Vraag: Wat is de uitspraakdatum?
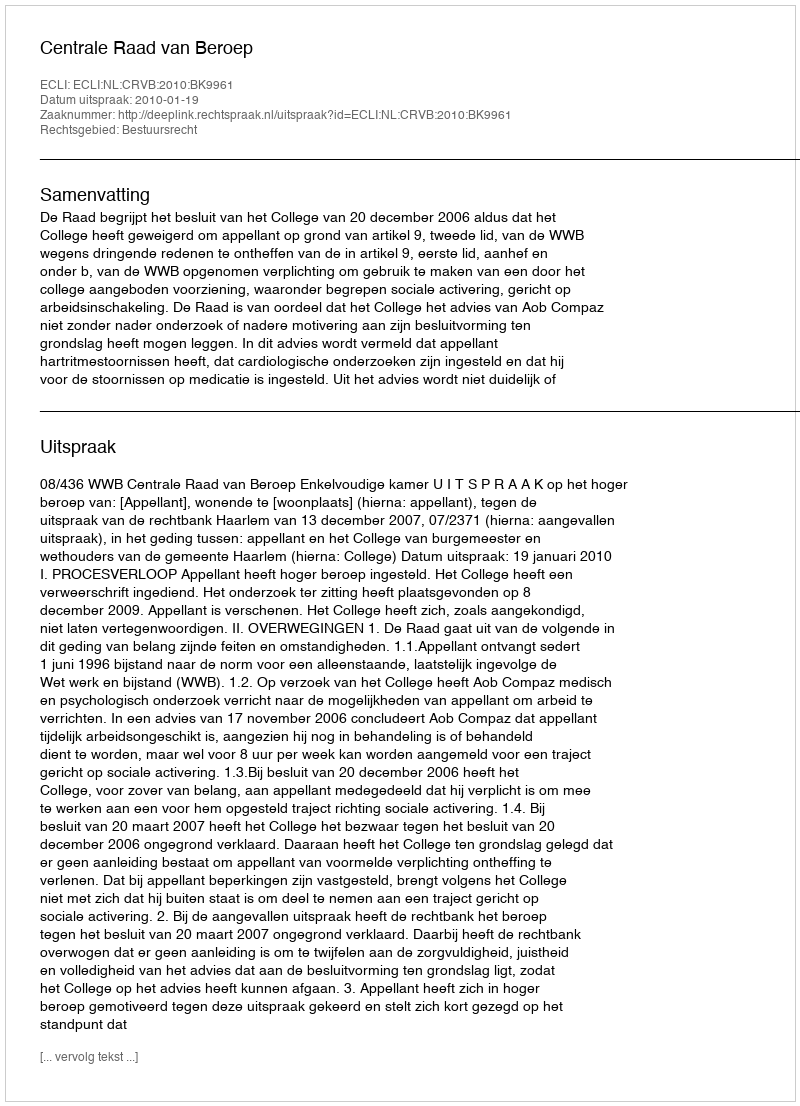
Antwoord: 2010-01-19